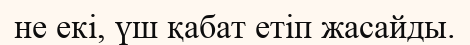
не екі, үш қабат етіп жасайды.